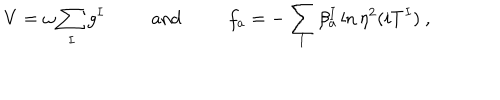
LaTeX: V = \omega \sum _ { I } g ^ { I } ~ \mathrm { a n d } ~ f _ { a } = - \sum _ { I } \beta _ { a } ^ { I } \ln \eta ^ { 2 } ( i T ^ { I } ) ~ ,